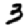
Digit: 3